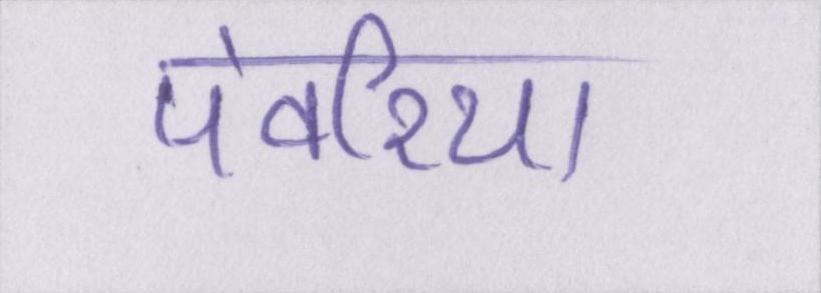
पंवरिया